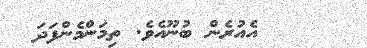
އެއުރެން ބުނޫއެވެ. ތިމަންމެންފަދަ